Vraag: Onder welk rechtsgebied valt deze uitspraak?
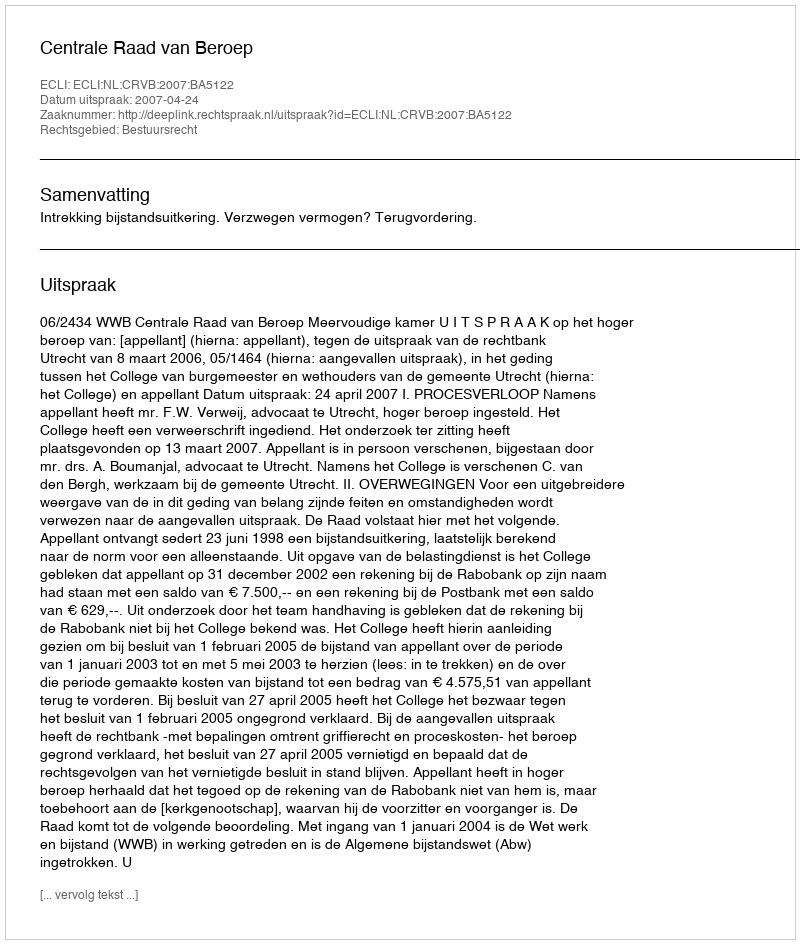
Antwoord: Bestuursrecht